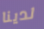
لدينا